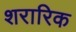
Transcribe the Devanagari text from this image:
शरारिक